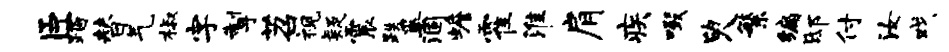
臣踏替气椒字掣苕视疑震跌奚涸蟾霍淮肩疾啜臾繁编邸付汝戏